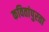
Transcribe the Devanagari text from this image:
कवितांपुरता